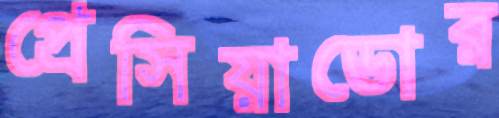
প্রেসিয়াডোর